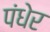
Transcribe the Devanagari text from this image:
पंधेर